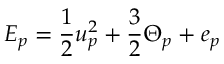
E _ { p } = \frac { 1 } { 2 } u _ { p } ^ { 2 } + \frac { 3 } { 2 } \Theta _ { p } + e _ { p }